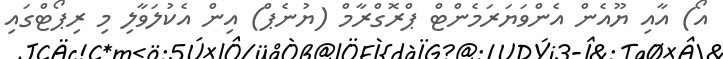
އޯ) އާއި ޔޫއެން އެންވަޔަރަމެންޓް ޕްރޮގްރާމް (ޔުނެޕް) އިން އެކުލަވާލި މި ރިޕޯޓްގައި